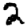
Digit: 2